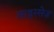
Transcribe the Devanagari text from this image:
लाइस्सेज़